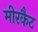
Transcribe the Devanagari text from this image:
मीरकैट